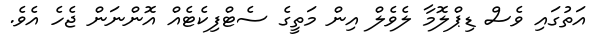
އަތުގައި ވެސް ޑިޕްލޮމާ ލެވެލް އިން މަތީގެ ސެޓްފިކެޓެއް އޮންނަން ޖެހެ އެވެ.